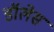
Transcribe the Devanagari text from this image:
डॉलेस